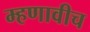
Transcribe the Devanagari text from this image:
म्हणावीच